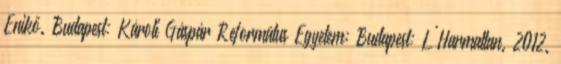
Enikő. Budapest: Károli Gáspár Református Egyetem; Budapest: L'Harmattan. 2012.